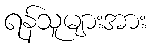
ရန်သူများအား